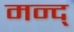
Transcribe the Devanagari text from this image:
मन्द्